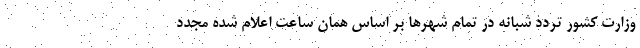
وزارت کشور تردد شبانه در تمام شهرها بر اساس همان ساعت اعلام شده مجدد